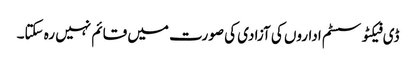
ڈی فیکٹو سسٹم اداروں کی آزادی کی صورت میں قائم نہیں رہ سکتا۔